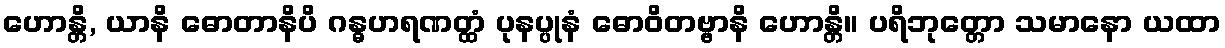
ဟောန္တိ, ယာနိ ဓောတာနိပိ ဂန္ဓဟရဏတ္ထံ ပုနပ္ပုနံ ဓောဝိတဗ္ဗာနိ ဟောန္တိ။ ပရိဘုတ္တော သမာနော ယထာ